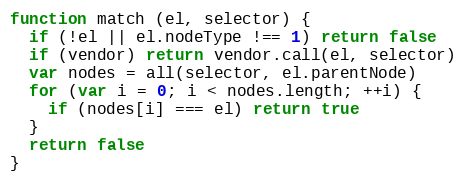
Language: JavaScript
function match (el, selector) {
  if (!el || el.nodeType !== 1) return false
  if (vendor) return vendor.call(el, selector)
  var nodes = all(selector, el.parentNode)
  for (var i = 0; i < nodes.length; ++i) {
    if (nodes[i] === el) return true
  }
  return false
}